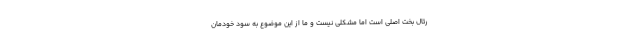
رئال بخت اصلی است اما مشکلی نیست و ما از این موضوع به سود خودمان